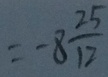
= - 8 \frac { 2 5 } { 1 2 }